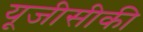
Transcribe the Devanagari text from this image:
यूजीसीकी